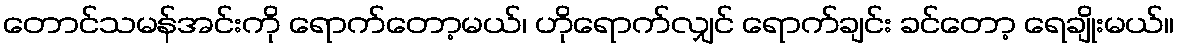
တောင်သမန်အင်းကို ရောက်တော့မယ်၊ ဟိုရောက်လျှင် ရောက်ချင်း ခင်တော့ ရေချိုးမယ်။